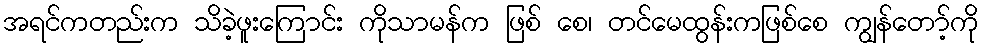
အရင်ကတည်းက သိခဲ့ဖူးကြောင်း ကိုသာမန်က ဖြစ် စေ၊ တင်မေထွန်းကဖြစ်စေ ကျွန်တော့်ကို